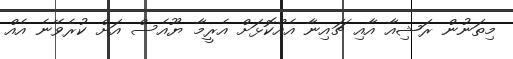
މިތަނުން ރަޝިއާ އާއި ޗައިނާ އެއްކޮޅަށް އެރީމާ ޔޫއެސް އަށް ކުރެވޭނެ އެއް